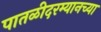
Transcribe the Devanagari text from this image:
पातळीदरम्यानच्या